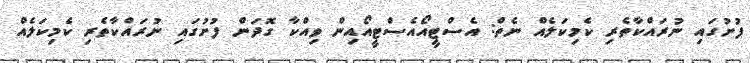
ފުށުގައި ނުރައްކާތެރި ކެމިކަލެއް ނެތް: އެސްޓީއޯއެސްޓީއޯއިން ވިއްކާ ގޮދަން ފުށުގައި ނުރައްކާތެރި ކެމިކަލެއް